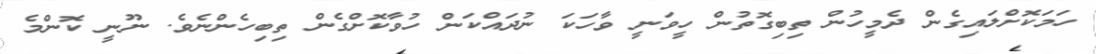
ހަމަކޮށްލައިގެން ދެމީހުން ތިބިގޮތުން ހީވަނީ ވާހަކަ ނުދައްކަން ހުވާކޮށްގެން ތިބިހެންނެވެ. ނޫނީ ކޮންމެ